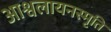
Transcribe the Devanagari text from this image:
आश्वलायनस्मृति